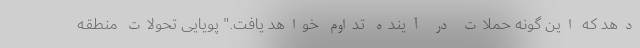
دهد که این گونه حملات در آینده تداوم خواهد یافت." پویایی تحولات منطقه